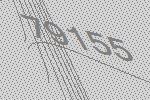
79155